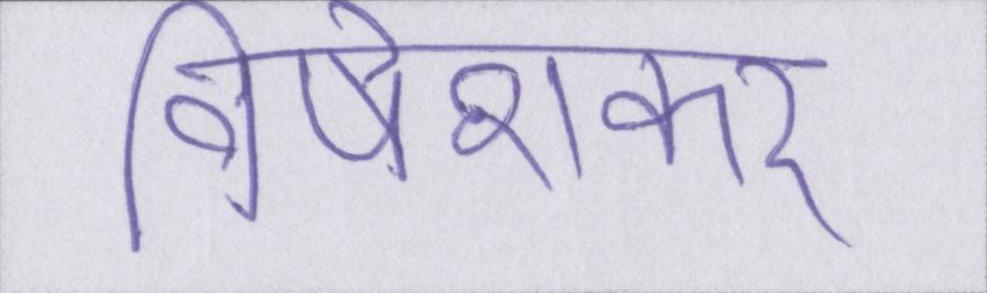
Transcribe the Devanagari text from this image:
विषेशकर